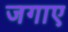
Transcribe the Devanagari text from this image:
जगाए